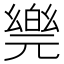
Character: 𠒴